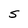
Character: S